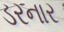
ડરનાર